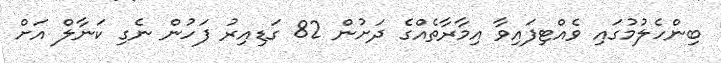
ބިންހެލުމުގައި ވެއްޓިފައިވާ އިމާރާތެއްގެ ދަށުން 82 ގަޑިއިރު ފަހުން ނެގި ކަނާލް އަށް